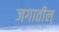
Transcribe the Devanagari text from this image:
जगातील्